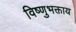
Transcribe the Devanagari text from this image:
विष्णुभक्ताय